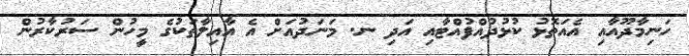
ހަނިމާދޫއާއި އެއަތޮޅު ކުޅުދުއްފުއްޓާއި އަދި ނ. މަނަދުއަށް އެ އާއިލާތަކުގެ މީހުން ސަރުކާރުން